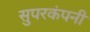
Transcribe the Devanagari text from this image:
सुपरकंपनी